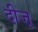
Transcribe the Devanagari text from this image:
दीजू